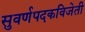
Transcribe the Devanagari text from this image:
सुवर्णपदकविजेती